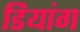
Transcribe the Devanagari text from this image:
डियांग